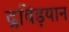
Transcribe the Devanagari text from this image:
द्रविड़यान